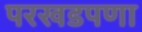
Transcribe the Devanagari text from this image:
परखडपणा